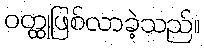
ဝတ္ထုဖြစ်လာခဲ့သည်။